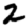
Digit: 2